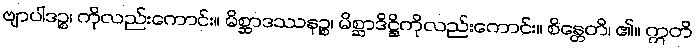
ဗျာပါဒဉ္စ၊ ကိုလည်းကောင်း။ မိစ္ဆာဒဿနဉ္စ၊ မိစ္ဆာဒိဋ္ဌိကိုလည်းကောင်း။ စိန္တေတိ၊ ၏။ ဣတိ